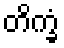
တိက္ခံ